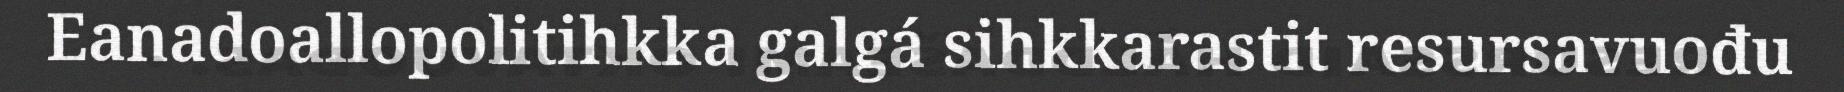
Eanadoallopolitihkka galgá sihkkarastit resursavuođu